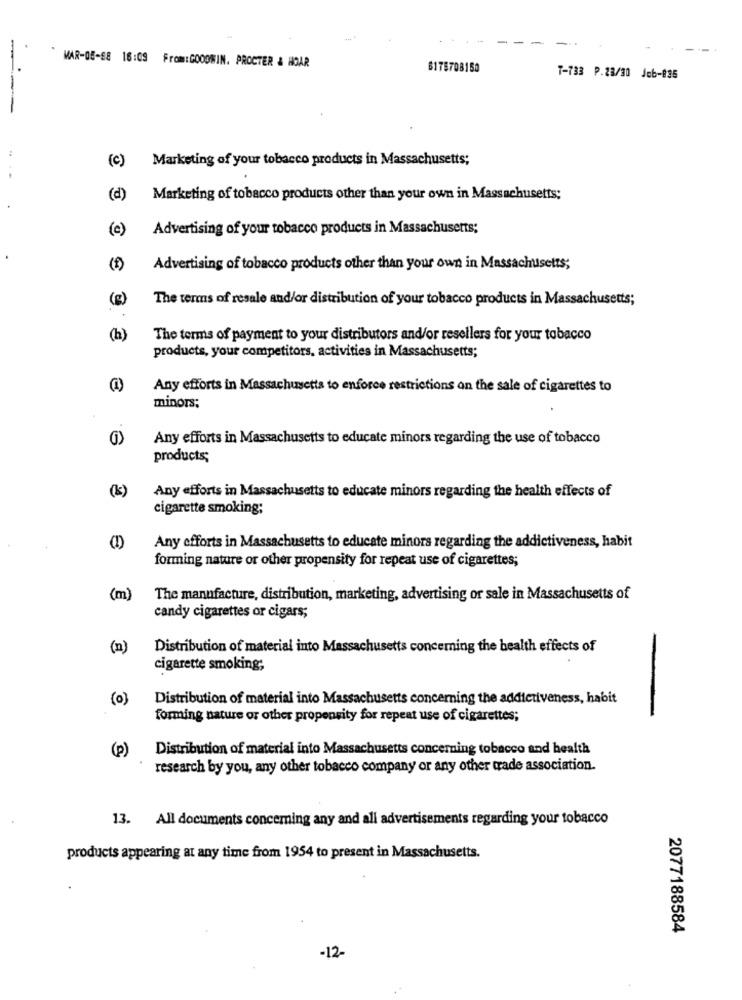
MAR-05-88 16:09 From:GOODWIN. PROCTER & HOAR
6175708150
T-733 P.23/30 Job-836
--
(c)
Marketing of your tobacco products in Massachusetts;
(d)
Marketing of tobacco products other than your own in Massachusetts;
(e)
Advertising of your tobacco products in Massachusetts;
(1)
Advertising of tobacco products other than your own in Massachusetts;
(g)
The terms of resale and/or distribution of your tobacco products in Massachusetts;
(h)
The terms of payment to your distributors and/or resellers for your tobacco
products, your competitors, activities in Massachusetts;
Any efforts in Massachusetts to enforce restrictions on the sale of cigarettes to
minors;
Any efforts in Massachusetts to educate minors regarding the use of tobacco
products;
(k)
Any efforts in Massachusetts to educate minors regarding the health effects of
cigarette smoking;
Any efforts in Massachusetts to educate minors regarding the addictiveness, habit
forming nature or other propensity for repeat use of cigarettes;
(m)
The manufacture, distribution, marketing, advertising or sale in Massachusetts of
candy cigarettes or cigars;
(n)
Distribution of material into Massachusetts concerning the health effects of
cigarette smoking;
(0)
Distribution of material into Massachusetts concerning the addictiveness, habit
forming nature or other propensity for repeat use of cigarettes;
Distribution of material into Massachusetts concerning tobacco and health
(p)
research by you, any other tobacco company or any other trade association.
13. All documents conceming any and all advertisements regarding your tobacco
products appearing at any time from 1954 to present in Massachusetts.
2077188584
-12-